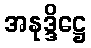
အနုဒ္ဒိဋ္ဌေ